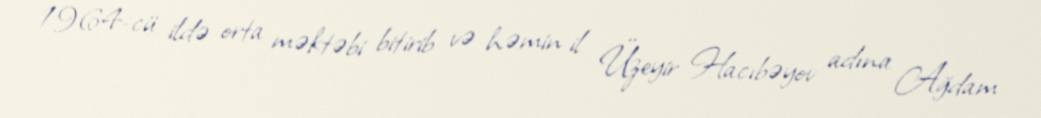
1964-cü ildə orta məktəbi bitirib və həmin il Üzeyir Hacıbəyov adına Ağdam